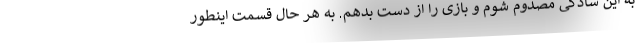
به این سادگی مصدوم شوم و بازی را از دست بدهم. به هر حال قسمت اینطور